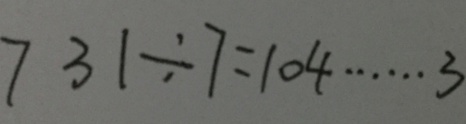
7 3 1 \div 7 = 1 0 4 \cdots 3